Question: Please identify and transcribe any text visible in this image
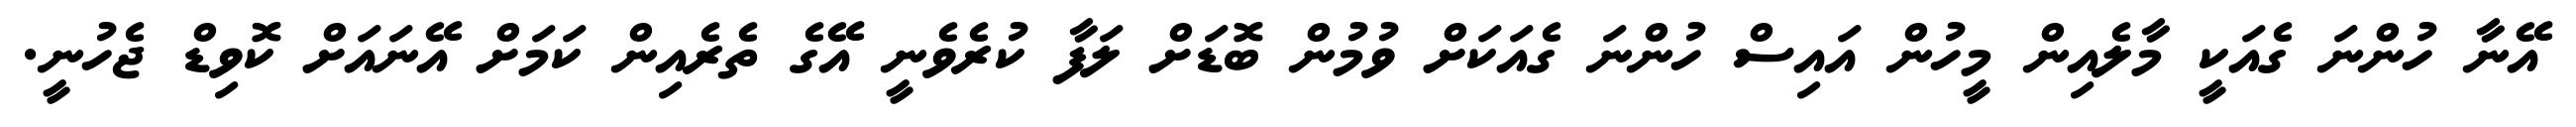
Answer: އޭނާ ހުންނަ ގެއަކީ މާލެއިން މީހުން އައިސް ހުންނަ ގެއަކަށް ވުމުން ބޮޑަށް ލަފާ ކުރެވެނީ އޭގެ ތެރެއިން ކަމަށް އޭނައަށް ކޮވިޑް ޖެހުނީ.